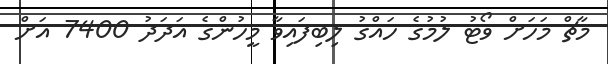
މާޗް މަހަށް ވޯޓު ލުމުގެ ހައްގު ލިބިފައިވާ މީހުންގެ އަދަދު 7400 އަށް